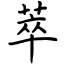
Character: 萃